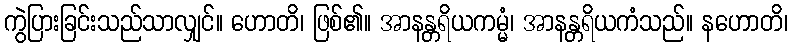
ကွဲပြားခြင်းသည်သာလျှင်။ ဟောတိ၊ ဖြစ်၏။ အာနန္တရိယကမ္မံ၊ အာနန္တရိယကံသည်။ နဟောတိ၊